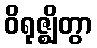
ဝိရုဇ္ဈိတွာ